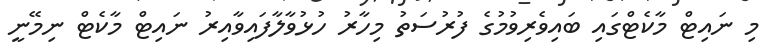
މި ނައިޓް މާކެޓްގައި ބައިވެރިވުމުގެ ފުރުސަތު މިހާރު ހުޅުވާލާފައިވާއިރު ނައިޓް މާކެޓް ނިމޭނީ